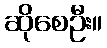
ဆိုစေဦး။